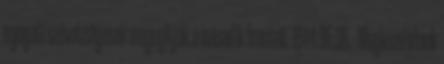
nyugati szövetségesek megnyitják a második frontot. 1944.06.08. - Megkezdõdnek